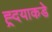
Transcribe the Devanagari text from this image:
ह्र्दयाकडे